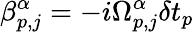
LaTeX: \beta_{p,j}^{\alpha}=-i\Omega_{p,j}^{\alpha}\delta t_{p}